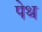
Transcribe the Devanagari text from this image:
पेथ